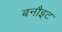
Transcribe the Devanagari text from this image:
बनौइट